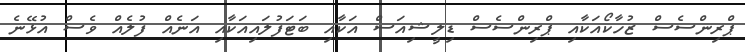
ޕްރިންސެސް ޒުހާކޯއަކާއި ޕްރިންސެސް ޑިލީޝިއަސް އަކާއި ބަޓަފުލައިއަކާއި އަނެއް ފުލެއް ވެސް އުޅޭނެ